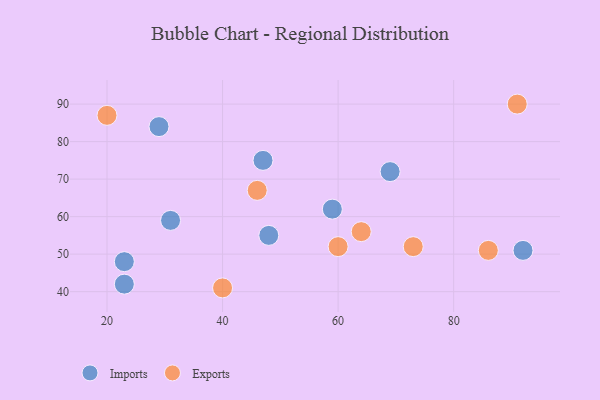
{"axis": {"x": "GDP", "y": "Life Expectancy"}, "legend": ["Exports", "Imports"], "data": [{"x": "47", "y": 75, "type": "Imports"}, {"x": "48", "y": 55, "type": "Imports"}, {"x": "23", "y": 42, "type": "Imports"}, {"x": "92", "y": 51, "type": "Imports"}, {"x": "59", "y": 62, "type": "Imports"}, {"x": "23", "y": 48, "type": "Imports"}, {"x": "29", "y": 84, "type": "Imports"}, {"x": "31", "y": 59, "type": "Imports"}, {"x": "69", "y": 72, "type": "Imports"}, {"x": "40", "y": 41, "type": "Exports"}, {"x": "60", "y": 52, "type": "Exports"}, {"x": "91", "y": 90, "type": "Exports"}, {"x": "46", "y": 67, "type": "Exports"}, {"x": "20", "y": 87, "type": "Exports"}, {"x": "64", "y": 56, "type": "Exports"}, {"x": "86", "y": 51, "type": "Exports"}, {"x": "73", "y": 52, "type": "Exports"}]}